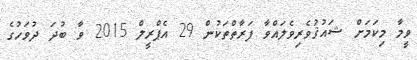
ވީމާ މިކަމަށް ޝައުޤުވެރިވެލައްވާ ފަރާތްތަކުން 29 އެޕްރީލް 2015 ވާ ބުދަ ދުވަހުގެ